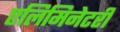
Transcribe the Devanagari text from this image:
एलिमिनेटरी